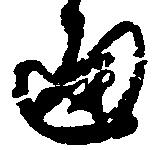
通